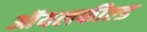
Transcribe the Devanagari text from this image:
ऑयलफील्ड